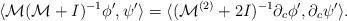
LaTeX: \begin{align*} \langle \mathcal{M}(\mathcal{M}+I)^{-1}\phi',\psi' \rangle=\langle (\mathcal{M}^{(2)}+2I)^{-1}\partial_c\phi',\partial_c\psi' \rangle.\end{align*}